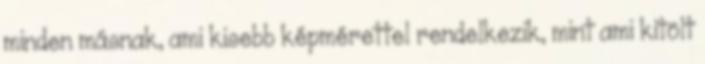
minden másnak, ami kisebb képmérettel rendelkezik, mint ami kitölt